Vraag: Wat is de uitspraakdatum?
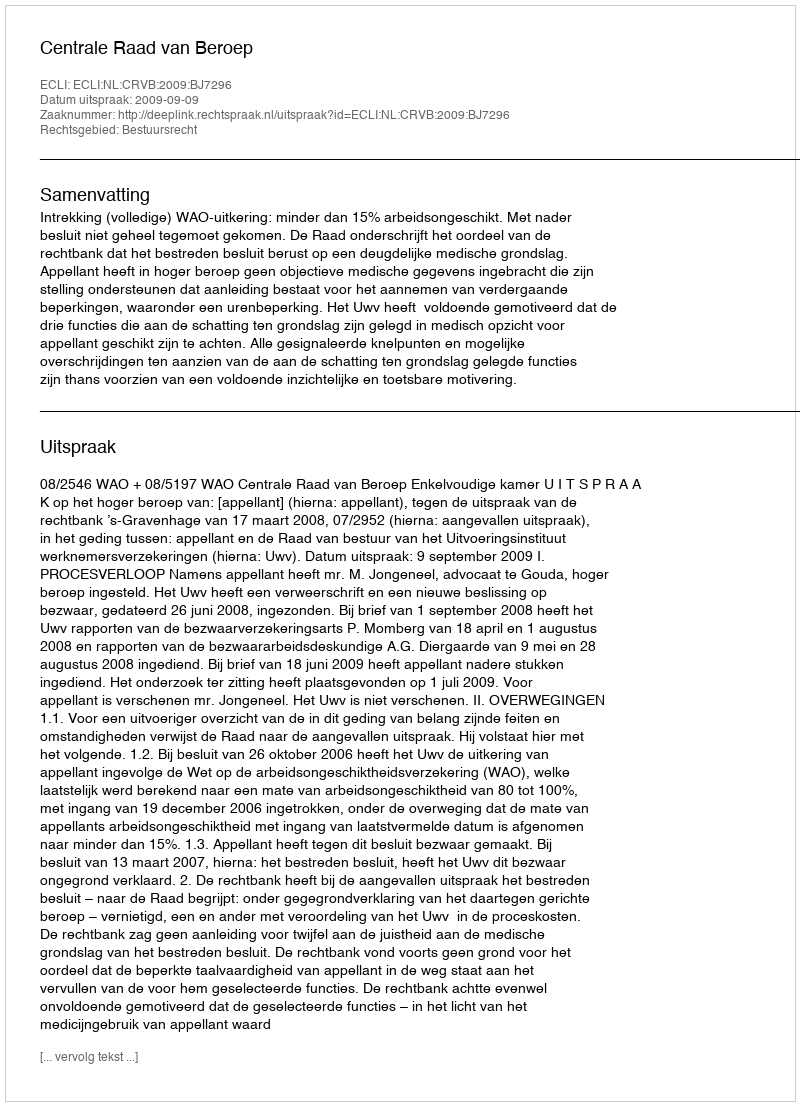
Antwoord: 2009-09-09